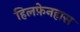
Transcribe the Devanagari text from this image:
हिलफ़ेनहास